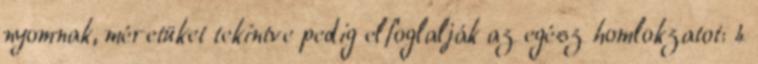
nyomnak, méretüket tekintve pedig elfoglalják az egész homlokzatot: 4